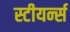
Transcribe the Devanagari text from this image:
स्टीयर्न्स